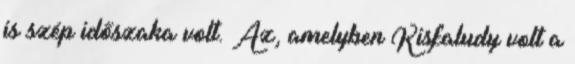
is szép időszaka volt. Az, amelyben Kisfaludy volt a